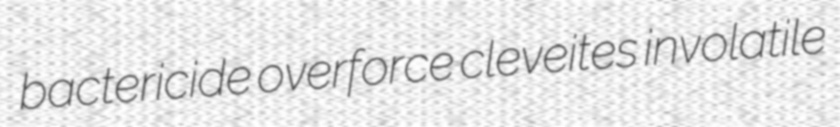
bactericide overforce cleveites involatile